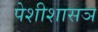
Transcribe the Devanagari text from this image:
पेशीशासञ